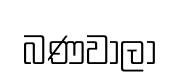
බණවාලා